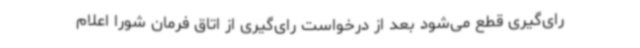
رای‌گیری قطع می‌شود بعد از درخواست رای‌گیری از اتاق فرمان شورا اعلام